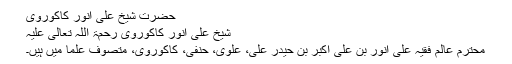
حضرت شیخ علی انور کاکوروی
شیخ علی انور کاکوروی رحمۃ اللہ تعالیٰ علیہ
محترم عالم فقیہ علی انور بن علی اکبر بن حیدر علی، علوی، حنفی، کاکوروی، متصوف علما میں ہیں۔